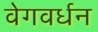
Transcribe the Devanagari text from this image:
वेगवर्धन